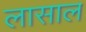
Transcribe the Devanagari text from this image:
लासाल